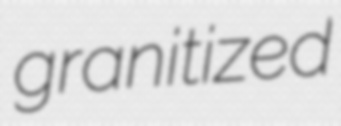
granitized